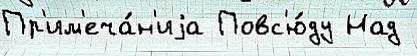
Пр'им'еча́н'иjа Повс'ю́ду Над